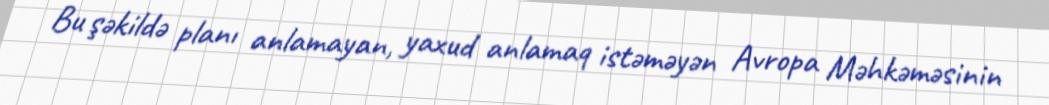
Bu şəkildə planı anlamayan, yaxud anlamaq istəməyən Avropa Məhkəməsinin